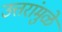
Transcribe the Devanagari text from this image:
उत्तरांमुळे